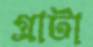
গ্রাটা